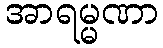
အာရမ္မဏာ